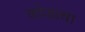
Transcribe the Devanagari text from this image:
कोडाचा